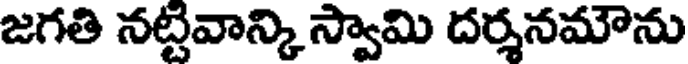
జగతి నట్టివాన్కి స్వామి దర్శనమౌను